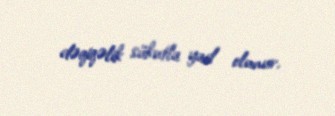
dəqiqəlik sükutla yad olunur.